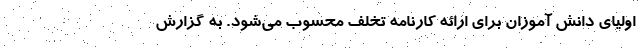
اولیای دانش ‌آموزان برای ارائه کارنامه تخلف محسوب می‌شود. به گزارش